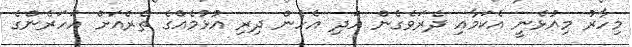
މިހާރު މިއުޅެނީ އެކަމާއި ދެރަވެގެން އަދި އެހެން ދިރި އުޅުމެއްގެ ތެރެއަށް އަހަރެންގެ